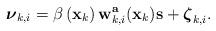
LaTeX: \begin{align*}\boldsymbol{\nu}_{k,i} =\beta\left(\textbf{x}_k\right) \textbf{w}_{k,i}^ \textbf{a}(\textbf{x}_k)\textbf{s}+\boldsymbol{\zeta}_{k,i}.\end{align*}